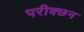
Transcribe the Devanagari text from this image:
परीक्छन